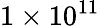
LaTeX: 1\times 10^{11}